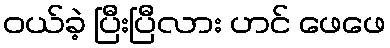
ဝယ်ခဲ့ ပြီးပြီလား ဟင် ဖေဖေ